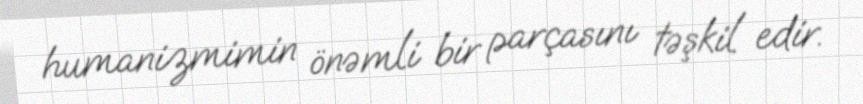
humanizmimin önəmli bir parçasını təşkil edir.